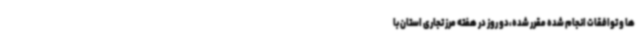
ها و توافقات انجام شده مقرر شده،دو روز در هفته مرز تجاری استان با